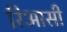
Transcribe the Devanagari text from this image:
रिआसी